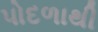
પોદળાથી